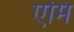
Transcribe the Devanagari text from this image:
एमि